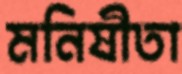
মনিষীতা